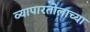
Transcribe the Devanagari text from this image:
व्यापारतोलाच्या